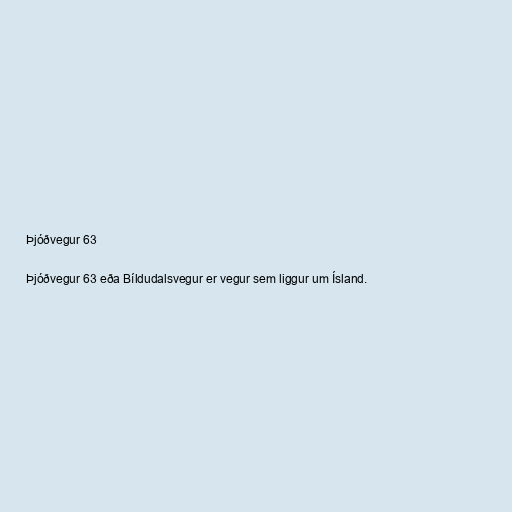
Þjóðvegur 63

Þjóðvegur 63 eða Bíldudalsvegur er vegur sem liggur um Ísland.